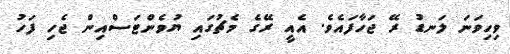
ވިހިވަނަ ލަނޑު ރޭ ޖަހާފައެވެ. އެއީ ރޭގެ މެޗުގައި ޔުވެންޓަސްއިން ޖެހި ފަހު